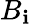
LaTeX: B_{\mathbf{i}}